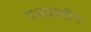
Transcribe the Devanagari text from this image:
पेराप्रोटीन